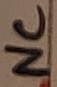
Text: NC